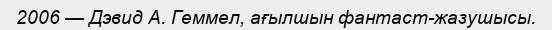
2006 — Дэвид А. Геммел, ағылшын фантаст-жазушысы.